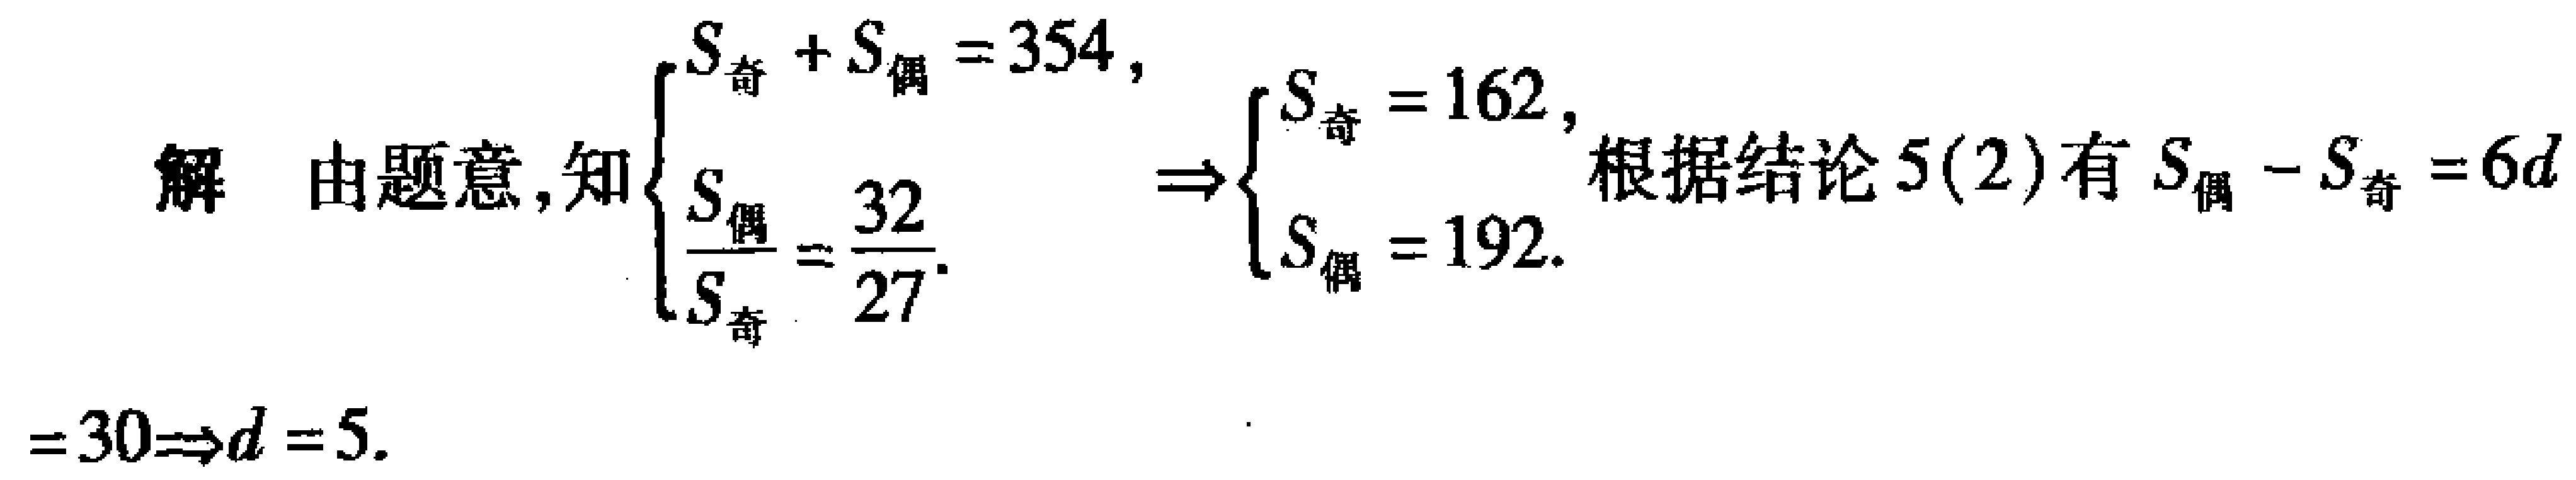
解 由题意，知$\begin{cases}
S_{奇}+S_{偶}=354,\\
\frac{S_{偶}}{S_{奇}}=\frac{32}{27}.
\end{cases}\Rightarrow\begin{cases}
S_{奇}=162,\\
S_{偶}=192.
\end{cases}$根据结论5(2)有$S_{偶}-S_{奇}=6d$
$=30\Rightarrow d = 5.$